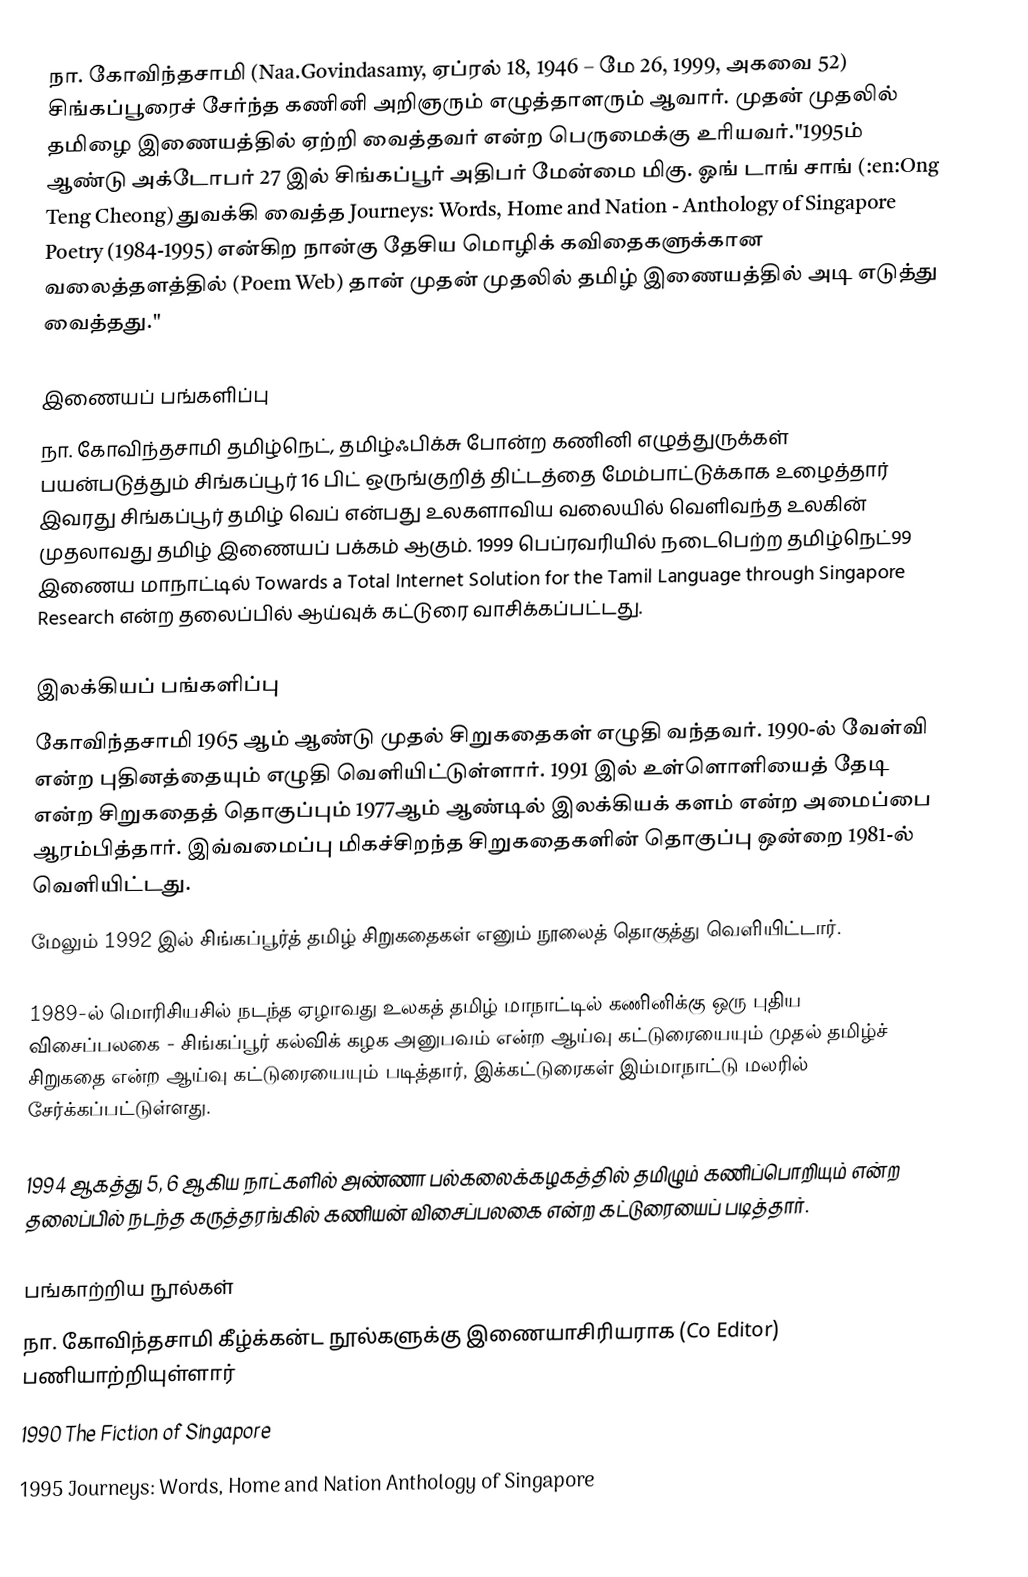
நா. கோவிந்தசாமி (Naa.Govindasamy, ஏப்ரல் 18, 1946 – மே 26, 1999, அகவை 52) சிங்கப்பூரைச் சேர்ந்த கணினி அறிஞரும் எழுத்தாளரும் ஆவார். முதன் முதலில் தமிழை இணையத்தில் ஏற்றி வைத்தவர் என்ற பெருமைக்கு உரியவர்."1995ம் ஆண்டு அக்டோபர் 27 இல் சிங்கப்பூர் அதிபர் மேன்மை மிகு. ஓங் டாங் சாங் (:en:Ong Teng Cheong) துவக்கி வைத்த Journeys: Words, Home and Nation - Anthology of Singapore Poetry (1984-1995) என்கிற நான்கு தேசிய மொழிக் கவிதைகளுக்கான வலைத்தளத்தில் (Poem Web) தான் முதன் முதலில் தமிழ்  இணையத்தில் அடி எடுத்து வைத்தது."

இணையப் பங்களிப்பு
நா. கோவிந்தசாமி தமிழ்நெட், தமிழ்ஃபிக்சு போன்ற கணினி எழுத்துருக்கள் பயன்படுத்தும் சிங்கப்பூர் 16 பிட் ஒருங்குறித் திட்டத்தை மேம்பாட்டுக்காக உழைத்தார் இவரது சிங்கப்பூர் தமிழ் வெப் என்பது உலகளாவிய வலையில் வெளிவந்த உலகின் முதலாவது தமிழ் இணையப் பக்கம் ஆகும். 1999 பெப்ரவரியில் நடைபெற்ற தமிழ்நெட்99 இணைய மாநாட்டில் Towards a Total Internet Solution for the Tamil Language through Singapore Research என்ற தலைப்பில் ஆய்வுக் கட்டுரை வாசிக்கப்பட்டது.

இலக்கியப் பங்களிப்பு
கோவிந்தசாமி 1965 ஆம் ஆண்டு முதல் சிறுகதைகள் எழுதி வந்தவர். 1990-ல் வேள்வி என்ற புதினத்தையும் எழுதி வெளியிட்டுள்ளார். 1991 இல்  உள்ளொளியைத் தேடி என்ற சிறுகதைத் தொகுப்பும்  1977ஆம் ஆண்டில் இலக்கியக் களம் என்ற அமைப்பை ஆரம்பித்தார். இவ்வமைப்பு மிகச்சிறந்த சிறுகதைகளின் தொகுப்பு ஒன்றை 1981-ல் வெளியிட்டது.
மேலும் 1992 இல் சிங்கப்பூர்த் தமிழ் சிறுகதைகள் எனும் நூலைத் தொகுத்து வெளியிட்டார்.

1989-ல் மொரிசியசில் நடந்த ஏழாவது உலகத் தமிழ் மாநாட்டில் கணினிக்கு ஒரு புதிய விசைப்பலகை - சிங்கப்பூர் கல்விக் கழக அனுபவம் என்ற ஆய்வு கட்டுரையையும் முதல் தமிழ்ச் சிறுகதை  என்ற ஆய்வு கட்டுரையையும் படித்தார், இக்கட்டுரைகள் இம்மாநாட்டு மலரில் சேர்க்கப்பட்டுள்ளது.

1994 ஆகத்து 5, 6 ஆகிய நாட்களில் அண்ணா பல்கலைக்கழகத்தில் தமிழும் கணிப்பொறியும் என்ற தலைப்பில் நடந்த கருத்தரங்கில் கணியன் விசைப்பலகை என்ற கட்டுரையைப் படித்தார்.

பங்காற்றிய நூல்கள்
நா. கோவிந்தசாமி கீழ்க்கன்ட நூல்களுக்கு இணையாசிரியராக (Co Editor) பணியாற்றியுள்ளார்
 1990 The Fiction of Singapore
 1995 Journeys: Words, Home and Nation Anthology of Singapore